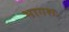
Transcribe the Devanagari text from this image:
भागशः